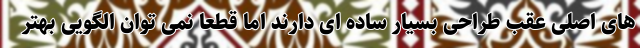
های اصلی عقب طراحی بسیار ساده ای دارند اما قطعا نمی توان الگویی بهتر